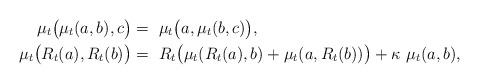
LaTeX: \begin{align*}\mu_t \big( \mu_t (a, b), c \big) =~& \mu_t \big( a, \mu_t(b,c) \big), \\\mu_t \big( R_t (a), R_t (b) \big) =~& R_t \big( \mu_t (R_t (a), b) + \mu_t (a, R_t(b)) \big) + \kappa ~ \mu_t (a, b),\end{align*}